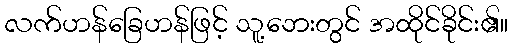
လက်ဟန်ခြေဟန်ဖြင့် သူ့ဘေးတွင် အထိုင်ခိုင်း၏။